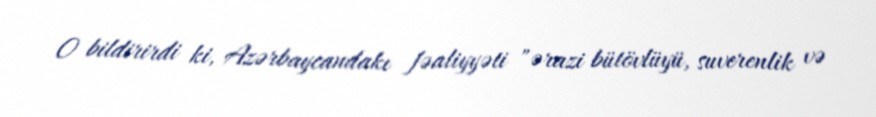
O bildirirdi ki, Azərbaycandakı fəaliyyəti "ərazi bütövlüyü, suverenlik və